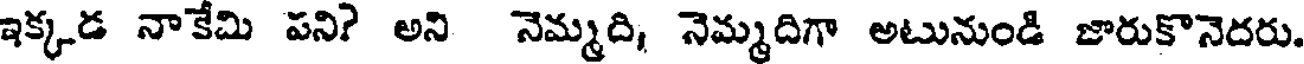
ఇక్కడ నాకేమి పని? అని నెమ్మది, నెమ్మదిగా అటునుండి జారుకొనెదరు.